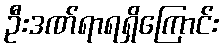
ဦးဒဏ်ရာရရှိကြောင်း